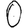
Digit: 0